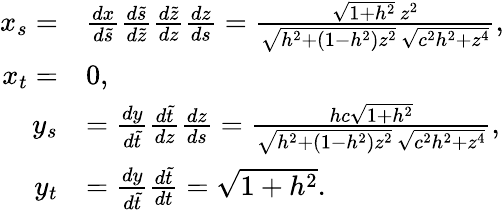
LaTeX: \begin{array}{rl}{x_{s}=}&{\frac{dx}{d\tilde{s}}\frac{d\tilde{s}}{d\tilde{z}}\frac{d\tilde{z}}{dz}\frac{dz}{ds}=\frac{\sqrt{1+h^{2}}\, z^{2}}{\sqrt{h^{2}+(1-h^{2})z^{2}}\, \sqrt{c^{2}h^{2}+z^{4}}},}\\ {x_{t}=}&{0,}\\ {y_{s}}&{=\frac{dy}{d\tilde{t}}\frac{d\tilde{t}}{dz}\frac{dz}{ds}=\frac{hc\sqrt{1+h^{2}}}{\sqrt{h^{2}+(1-h^{2})z^{2}}\, \sqrt{c^{2}h^{2}+z^{4}}},}\\ {y_{t}}&{=\frac{dy}{d\tilde{t}}\frac{d\tilde{t}}{dt}=\sqrt{1+h^{2}}.}\end{array}